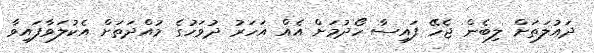
ދައުލަތަށް ލިބެން ޖެހޭ ފައިސާ ހޯދުމަށް އެއް އަހަރު ދުވަހުގެ މުއްދަތަށް އެކުލަވާފައިވާ